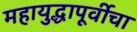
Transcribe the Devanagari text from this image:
महायुद्धापूर्वीचा